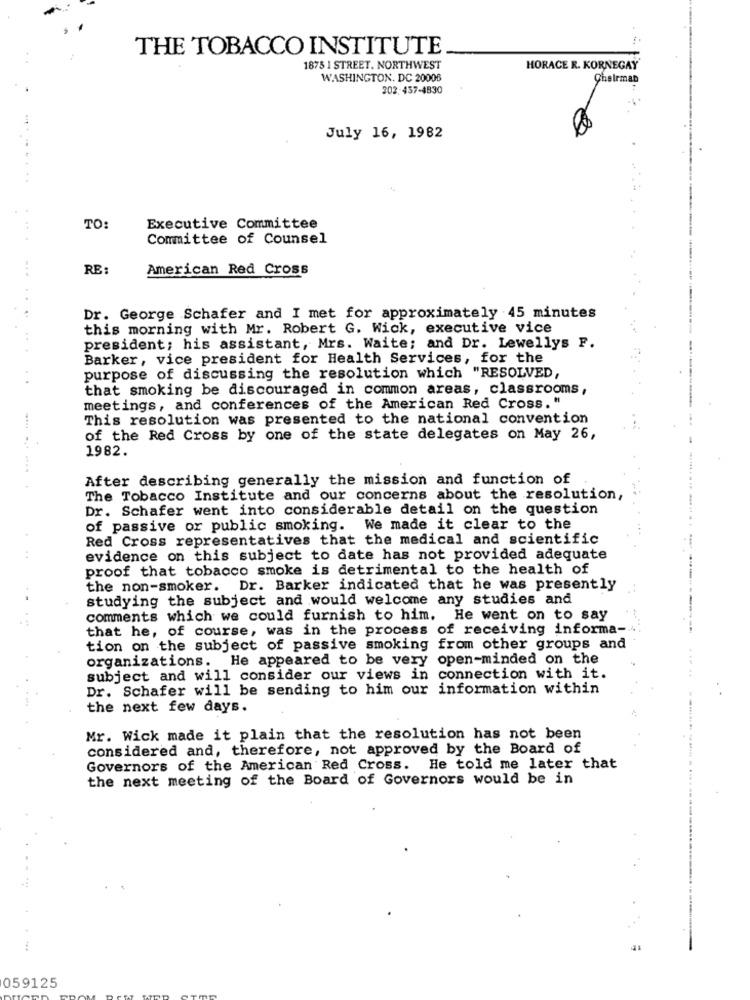
THE TOBACCO INSTITUTE
1875 1 STREET. NORTHWEST
HORACE R. KORNEGAY
WASHINGTON, DC 20008
Theirman
202:457-4830
July 16, 1982
TO:
Executive Committee
Committee of Counsel
RE
American Red Cross
...
....
Dr. George Schafer and I met for approximately 45 minutes
this morning with Mr. Robert G. Wick, executive vice
president; his assistant, Mrs. Waite; and Dr. Lewellys F.
Barker, vice president for Health Services, for the
..
purpose of discussing the resolution which "RESOLVED,
that smoking be discouraged in common areas, classrooms,
meetings, and conferences of the American Red Cross. "
This resolution was presented to the national convention
of the Red Cross by one of the state delegates on May 26,
1982.
After describing generally the mission and function of
The Tobacco Institute and our concerns about the resolution,
Dr. Schafer went into considerable detail on the question
of passive or public smoking. We made it clear to the
Red Cross representatives that the medical and scientific
evidence on this subject to date has not provided adequate
proof that tobacco smoke is detrimental to the health of
the non-smoker. Dr. Barker indicated that he was presently
studying the subject and would welcome any studies and
comments which we could furnish to him. He went on to say
that he, of course, was in the process of receiving informa-
------
tion on the subject of passive smoking from other groups and
organizations. He appeared to be very open-minded on the
subject and will consider our views in connection with it.
Dr. Schafer will be sending to him our information within
the next few days.
Mr. Wick made it plain that the resolution has not been
considered and, therefore, not approved by the Board of
Governors of the American Red Cross. He told me later that
the next meeting of the Board of Governors would be in
059125